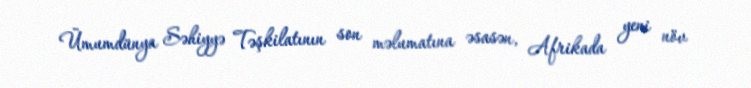
Ümumdünya Səhiyyə Təşkilatının son məlumatına əsasən, Afrikada yeni növ